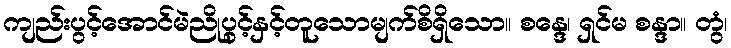
ကျည်းပွင့်အောင်မဲညိုပွင့်နှင့်တူသောမျက်စိရှိသော။ စန္ဒေ၊ ရှင်မ စန္ဒာ။ တွံ၊